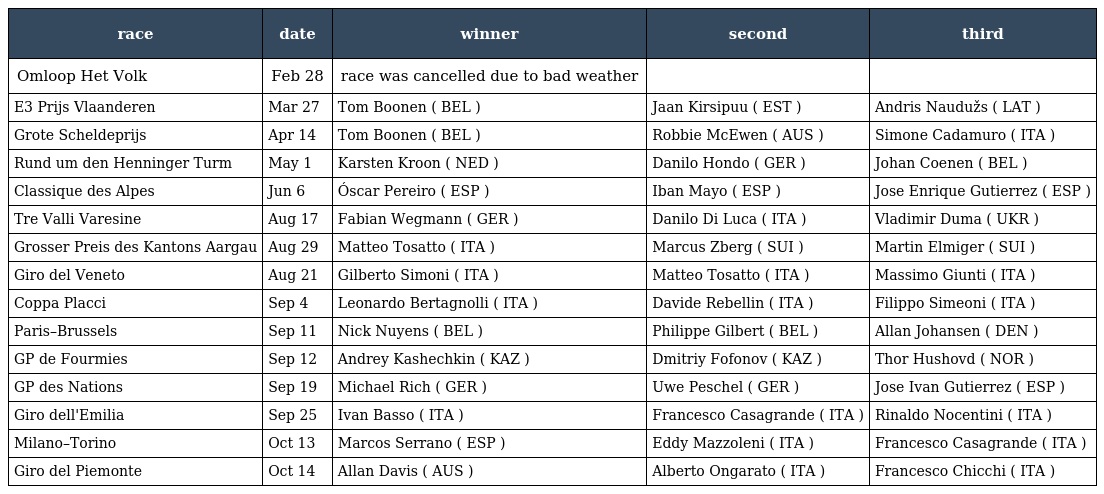
| race | date | winner | second | third |
 | --- | --- | --- | --- | --- |
 | Omloop Het Volk | Feb 28 | race was cancelled due to bad weather |  |  |
 | E3 Prijs Vlaanderen | Mar 27 | Tom Boonen ( BEL ) | Jaan Kirsipuu ( EST ) | Andris Naudužs ( LAT ) |
 | Grote Scheldeprijs | Apr 14 | Tom Boonen ( BEL ) | Robbie McEwen ( AUS ) | Simone Cadamuro ( ITA ) |
 | Rund um den Henninger Turm | May 1 | Karsten Kroon ( NED ) | Danilo Hondo ( GER ) | Johan Coenen ( BEL ) |
 | Classique des Alpes | Jun 6 | Óscar Pereiro ( ESP ) | Iban Mayo ( ESP ) | Jose Enrique Gutierrez ( ESP ) |
 | Tre Valli Varesine | Aug 17 | Fabian Wegmann ( GER ) | Danilo Di Luca ( ITA ) | Vladimir Duma ( UKR ) |
 | Grosser Preis des Kantons Aargau | Aug 29 | Matteo Tosatto ( ITA ) | Marcus Zberg ( SUI ) | Martin Elmiger ( SUI ) |
 | Giro del Veneto | Aug 21 | Gilberto Simoni ( ITA ) | Matteo Tosatto ( ITA ) | Massimo Giunti ( ITA ) |
 | Coppa Placci | Sep 4 | Leonardo Bertagnolli ( ITA ) | Davide Rebellin ( ITA ) | Filippo Simeoni ( ITA ) |
 | Paris–Brussels | Sep 11 | Nick Nuyens ( BEL ) | Philippe Gilbert ( BEL ) | Allan Johansen ( DEN ) |
 | GP de Fourmies | Sep 12 | Andrey Kashechkin ( KAZ ) | Dmitriy Fofonov ( KAZ ) | Thor Hushovd ( NOR ) |
 | GP des Nations | Sep 19 | Michael Rich ( GER ) | Uwe Peschel ( GER ) | Jose Ivan Gutierrez ( ESP ) |
 | Giro dell'Emilia | Sep 25 | Ivan Basso ( ITA ) | Francesco Casagrande ( ITA ) | Rinaldo Nocentini ( ITA ) |
 | Milano–Torino | Oct 13 | Marcos Serrano ( ESP ) | Eddy Mazzoleni ( ITA ) | Francesco Casagrande ( ITA ) |
 | Giro del Piemonte | Oct 14 | Allan Davis ( AUS ) | Alberto Ongarato ( ITA ) | Francesco Chicchi ( ITA ) |